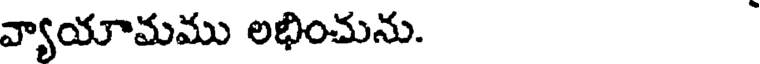
వ్యాయామము లభించును.